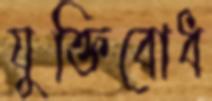
যুক্তিবোধ